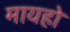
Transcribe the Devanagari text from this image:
मायहो